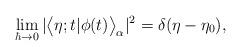
LaTeX: \begin{align*}\lim_{\hbar\to 0}|\bigl<\eta;t|\phi(t)\bigr>_{\alpha}|^{2}=\delta(\eta-\eta_{0}),\end{align*}